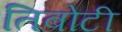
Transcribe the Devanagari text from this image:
तिबोटी